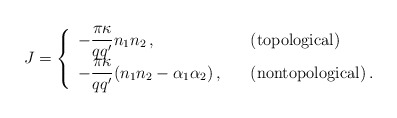
\begin{align*}J=\left\{\begin{array}{ll}{\displaystyle -\frac{\pi\kappa}{qq'}n_1n_2\,,}&\mbox{(topological)}\\ {\displaystyle -\frac{\pi\kappa}{qq'}(n_1n_2-\alpha_1\alpha_2)\,,}\ \ \ & \mbox{(nontopological)}\,. \end{array} \right.\end{align*}